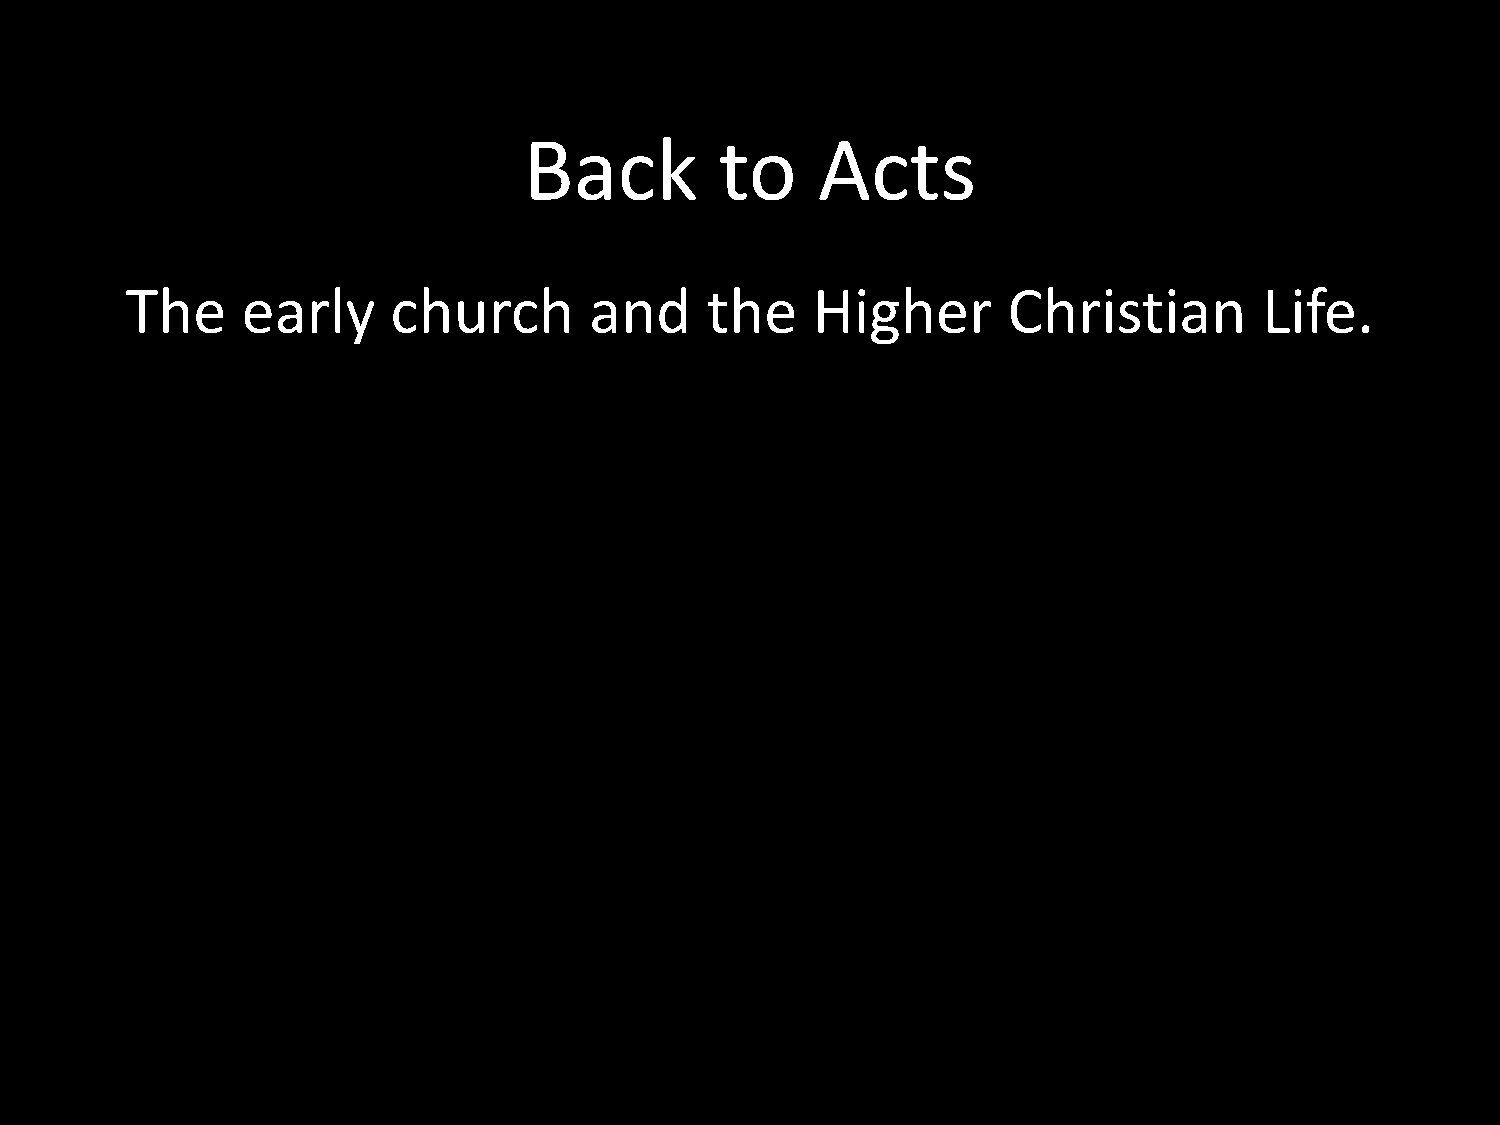
Back         to    Acts
 The     early     church       and     the    Higher       Christian        Life.